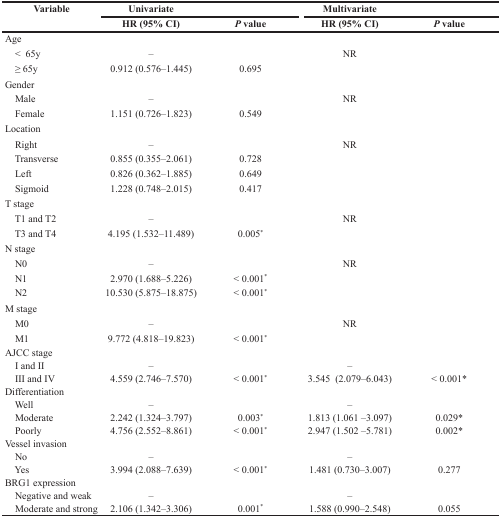
<table><thead><tr><td><b>Variable</b></td><td><b>Univariate</b></td><td></td><td><b>Multivariate</b></td><td></td></tr><tr><td></td><td><b>HR (95% CI)</b></td><td><b><i>P</i> value</b></td><td><b>HR (95% CI)</b></td><td><b><i>P</i> value</b></td></tr></thead><tbody><tr><td>Age</td><td></td><td></td><td></td><td></td></tr><tr><td> &lt; 65y</td><td>–</td><td></td><td>NR</td><td></td></tr><tr><td> ≥ 65y</td><td>0.912 (0.576–1.445)</td><td>0.695</td><td></td><td></td></tr><tr><td>Gender</td><td></td><td></td><td></td><td></td></tr><tr><td> Male</td><td>–</td><td></td><td>NR</td><td></td></tr><tr><td> Female</td><td>1.151 (0.726–1.823)</td><td>0.549</td><td></td><td></td></tr><tr><td>Location</td><td></td><td></td><td></td><td></td></tr><tr><td> Right</td><td>–</td><td></td><td>NR</td><td></td></tr><tr><td> Transverse</td><td>0.855 (0.355–2.061)</td><td>0.728</td><td></td><td></td></tr><tr><td> Left</td><td>0.826 (0.362–1.885)</td><td>0.649</td><td></td><td></td></tr><tr><td> Sigmoid</td><td>1.228 (0.748–2.015)</td><td>0.417</td><td></td><td></td></tr><tr><td>T stage</td><td></td><td></td><td></td><td></td></tr><tr><td> T1 and T2</td><td>–</td><td></td><td>NR</td><td></td></tr><tr><td> T3 and T4</td><td>4.195 (1.532–11.489)</td><td>0.005*</td><td></td><td></td></tr><tr><td>N stage</td><td></td><td></td><td></td><td></td></tr><tr><td> N0</td><td>–</td><td></td><td>NR</td><td></td></tr><tr><td> N1</td><td>2.970 (1.688–5.226)</td><td>&lt; 0.001*</td><td></td><td></td></tr><tr><td> N2</td><td>10.530 (5.875–18.875)</td><td>&lt; 0.001*</td><td></td><td></td></tr><tr><td>M stage</td><td></td><td></td><td></td><td></td></tr><tr><td> M0</td><td>–</td><td></td><td>NR</td><td></td></tr><tr><td> M1</td><td>9.772 (4.818–19.823)</td><td>&lt; 0.001*</td><td></td><td></td></tr><tr><td>AJCC stage</td><td></td><td></td><td></td><td></td></tr><tr><td> I and II</td><td>–</td><td></td><td>–</td><td></td></tr><tr><td> III and IV</td><td>4.559 (2.746–7.570)</td><td>&lt; 0.001*</td><td>3.545 (2.079–6.043)</td><td>&lt; 0.001*</td></tr><tr><td>Differentiation</td><td></td><td></td><td></td><td></td></tr><tr><td> Well</td><td>–</td><td></td><td>–</td><td></td></tr><tr><td> Moderate</td><td>2.242 (1.324–3.797)</td><td>0.003*</td><td>1.813 (1.061–3.097)</td><td>0.029*</td></tr><tr><td> Poorly</td><td>4.756 (2.552–8.861)</td><td>&lt; 0.001*</td><td>2.947 (1.502–5.781)</td><td>0.002*</td></tr><tr><td>Vessel invasion</td><td></td><td></td><td></td><td></td></tr><tr><td> No</td><td>–</td><td></td><td>–</td><td></td></tr><tr><td> Yes</td><td>3.994 (2.088–7.639)</td><td>&lt; 0.001*</td><td>1.481 (0.730–3.007)</td><td>0.277</td></tr><tr><td>BRG1 expression</td><td></td><td></td><td></td><td></td></tr><tr><td> Negative and weak</td><td>–</td><td></td><td>–</td><td></td></tr><tr><td> Moderate and strong</td><td>2.106 (1.342–3.306)</td><td>0.001*</td><td>1.588 (0.990–2.548)</td><td>0.055</td></tr></tbody></table>